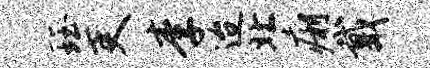
珏吏李迨北痢戴